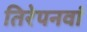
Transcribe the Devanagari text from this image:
तिरेपनवां